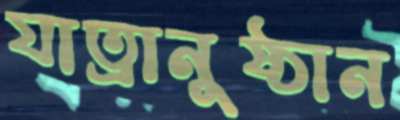
যাত্রানুষ্ঠান